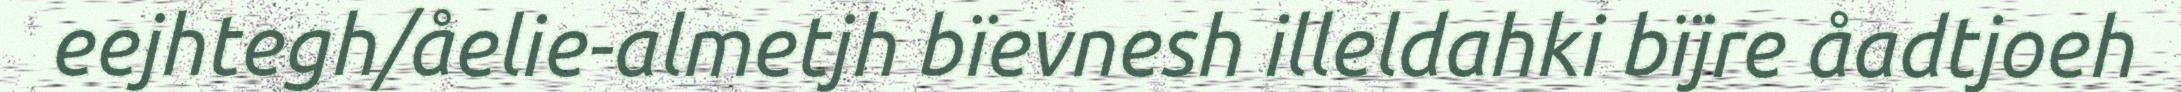
eejhtegh/åelie-almetjh bïevnesh illeldahki bïjre åadtjoeh